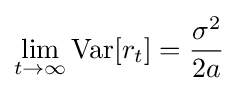
\lim _{t\to \infty }\mathrm {Var} [r_{t}]={\frac {\sigma ^{2}}{2a}}